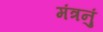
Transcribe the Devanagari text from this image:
मंत्रनुं